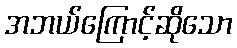
အဘယ်ကြောင့်ဆိုသော